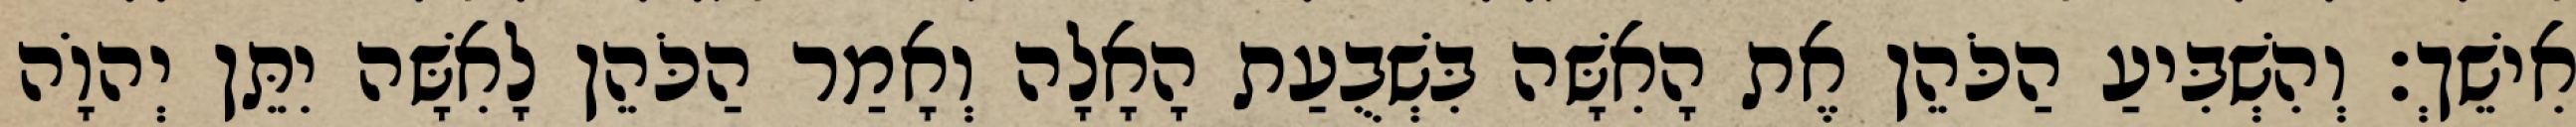
אִישֵׁךְ׃ וְהִשְׁבִּיעַ הַכֹּהֵן אֶת הָאִשָּׁה בִּשְׁבֻעַת הָאָלָה וְאָמַר הַכֹּהֵן לָאִשָּׁה יִתֵּן יְהוָֹה